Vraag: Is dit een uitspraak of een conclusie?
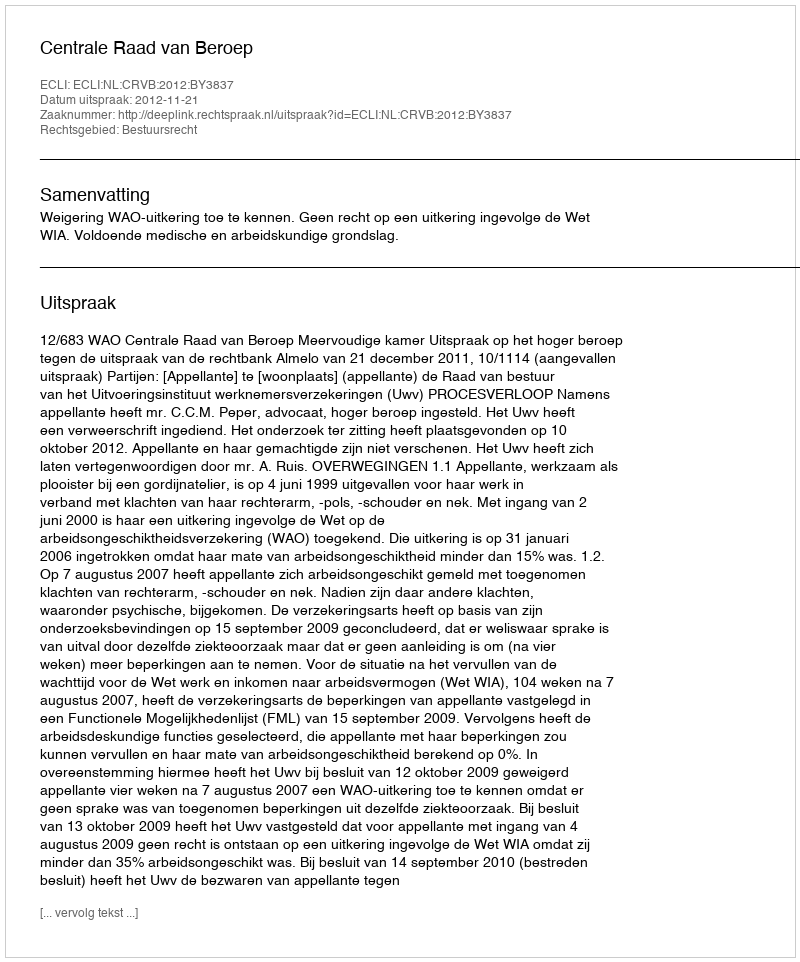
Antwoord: Uitspraak